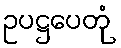
ဥပဋ္ဌပေတုံ